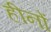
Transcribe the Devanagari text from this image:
हीनों